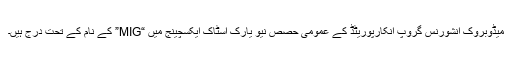
میڈوبروک انشورنس گروپ انکارپوریٹڈ کے عمومی حصص نیو یارک اسٹاک ایکسچینج میں “MIG” کے نام کے تحت درج ہیں۔